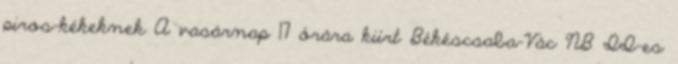
piros-kékeknek A vasárnap 17 órára kiírt Békéscsaba–Vác NB II-es